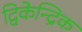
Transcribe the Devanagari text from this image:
द्विकेन्द्रिक